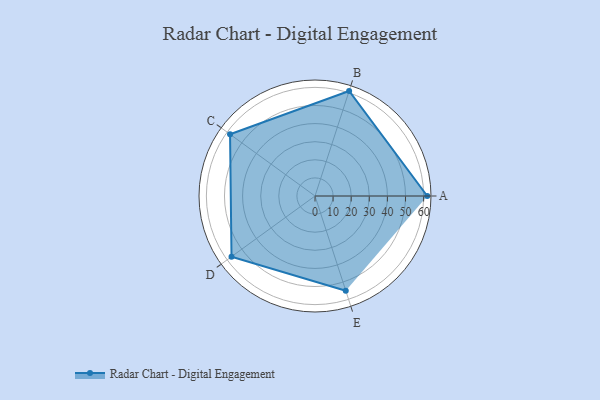
{"axis": {"x": "Skill", "y": "Score"}, "legend": ["Profile"], "data": [{"x": "A", "y": 62.0, "type": "Profile"}, {"x": "B", "y": 61.0, "type": "Profile"}, {"x": "C", "y": 58.0, "type": "Profile"}, {"x": "D", "y": 57.0, "type": "Profile"}, {"x": "E", "y": 55.0, "type": "Profile"}]}